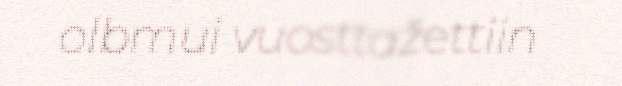
olbmui vuosttažettiin